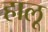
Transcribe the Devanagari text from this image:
हालू